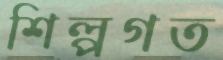
শিল্পগত